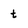
Character: t